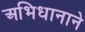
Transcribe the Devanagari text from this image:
अभिधानाने